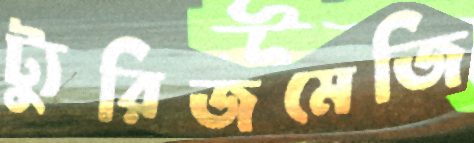
ট্যুরিজমেজি